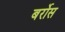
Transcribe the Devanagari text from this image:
बर्रोस